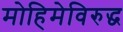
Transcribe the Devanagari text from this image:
मोहिमेविरुद्ध